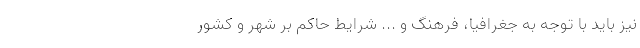
نیز باید با توجه به جغرافیا، فرهنگ و ... شرایط حاکم بر شهر و کشور